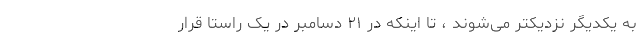
به یکدیگر نزدیکتر می‌شوند ، تا اینکه در ۲۱ دسامبر در یک راستا قرار